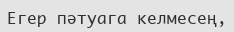
Егер пәтуага келмесең,